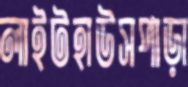
লাইটহাউসপাড়া